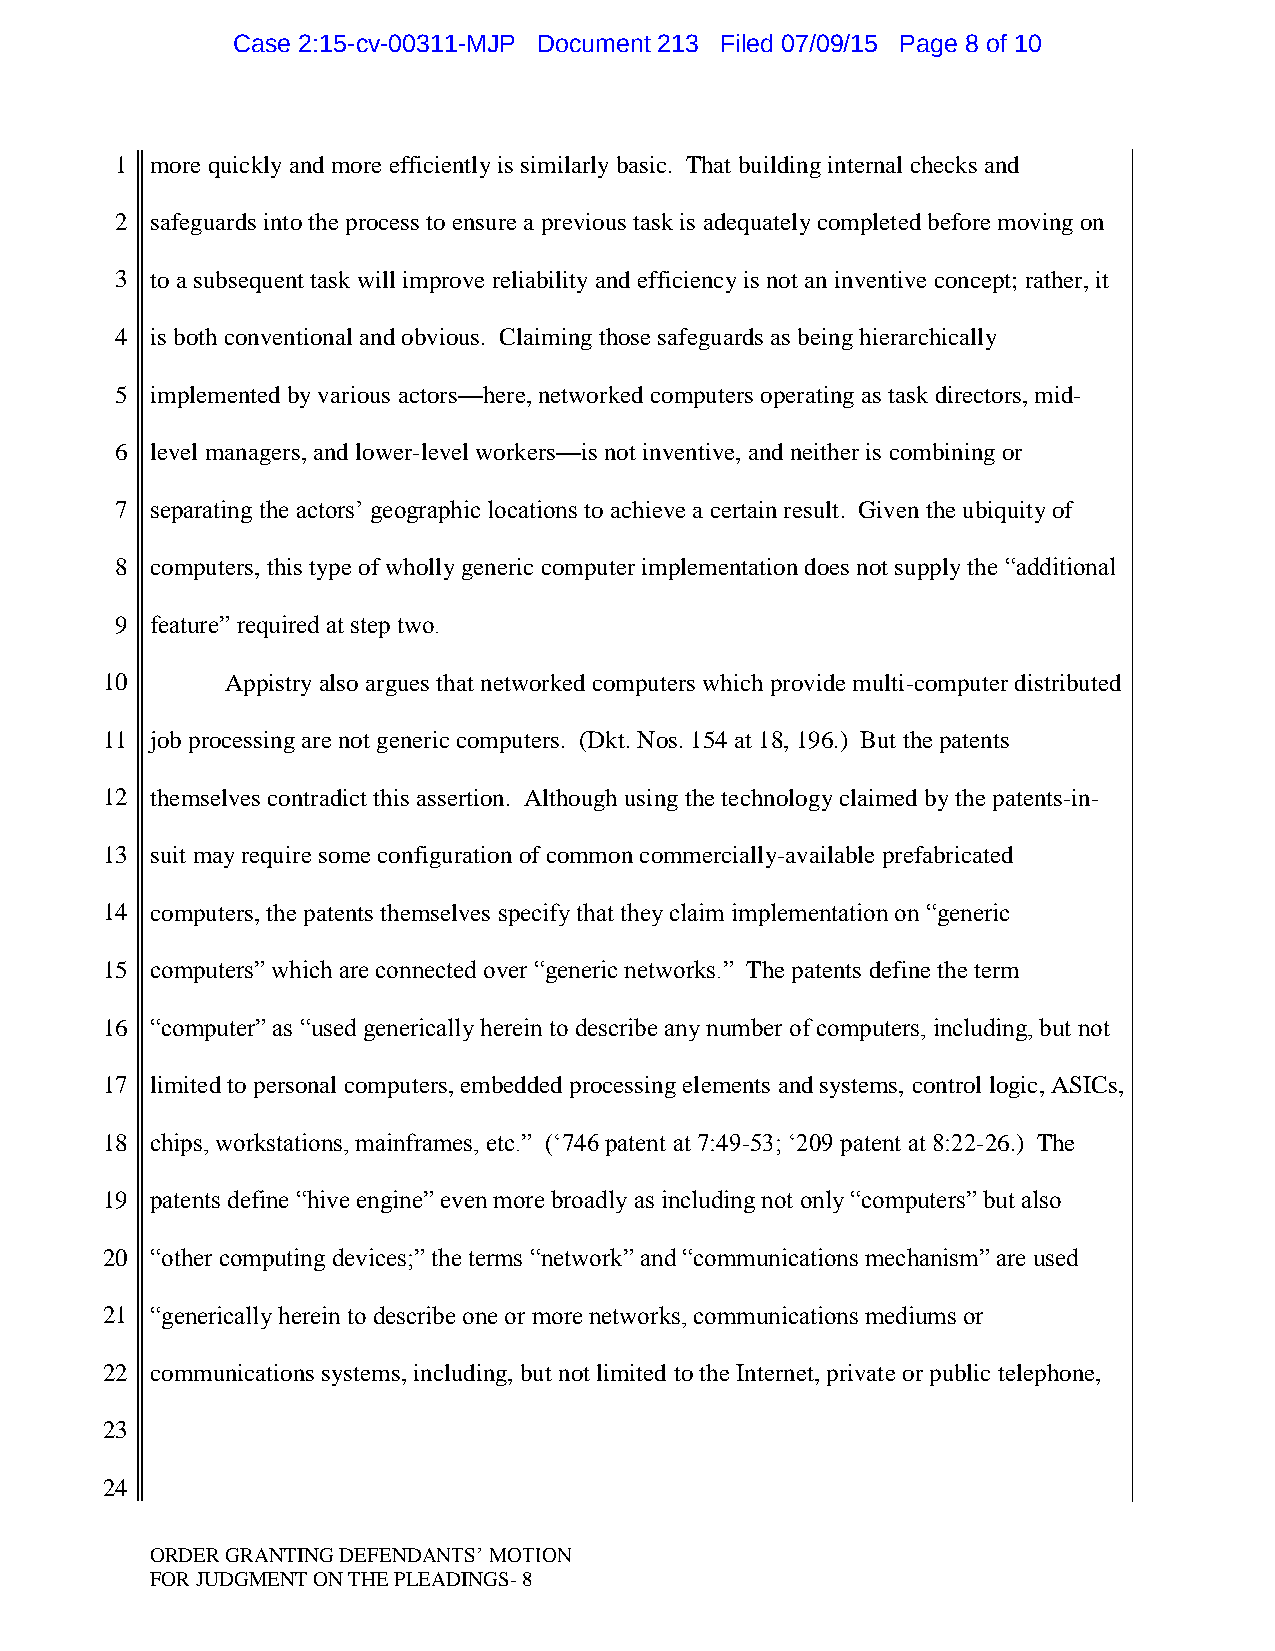
Case 2:15-cv-00311-MJP Document 213 Filed 07/09/15 Page 8 of 10
 1 more quickly and more efficiently is similarly basic. That building internal checks and
 2 safeguards into the process to ensure a previous task is adequately completed before moving on
 3 to a subsequent task will improve reliability and efficiency is not an inventive concept; rather, it
 4 is both conventional and obvious. Claiming those safeguards as being hierarchically
 5 implemented by various actors—here, networked computers operating as task directors, mid-
 6 level managers, and lower-level workers—is not inventive, and neither is combining or
 7 separating the actors‟ geographic locations to achieve a certain result. Given the ubiquity of
 8 computers, this type of wholly generic computer implementation does not supply the “additional
 9 feature” required at step two.
 10      Appistry also argues that networked computers which provide multi-computer distributed
 11 job processing are not generic computers. (Dkt. Nos. 154 at 18, 196.) But the patents
 12 themselves contradict this assertion. Although using the technology claimed by the patents-in-
 13 suit may require some configuration of common commercially-available prefabricated
 14 computers, the patents themselves specify that they claim implementation on “generic
 15 computers” which are connected over “generic networks.” The patents define the term
 16 “computer” as “used generically herein to describe any number of computers, including, but not
 17 limited to personal computers, embedded processing elements and systems, control logic, ASICs,
 18 chips, workstations, mainframes, etc.” („746 patent at 7:49-53; „209 patent at 8:22-26.) The
 19 patents define “hive engine” even more broadly as including not only “computers” but also
 20 “other computing devices;” the terms “network” and “communications mechanism” are used
 21 “generically herein to describe one or more networks, communications mediums or
 22 communications systems, including, but not limited to the Internet, private or public telephone,
 23
 24
 ORDER GRANTING DEFENDANTS‟ MOTION
 FOR JUDGMENT ON THE PLEADINGS- 8